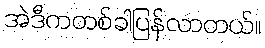
အဲဒီကတစ်ခါပြန်လာတယ်။